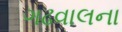
ગઢવાલના